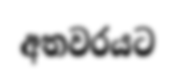
අතවරයට